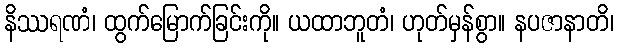
နိဿရဏံ၊ ထွက်မြောက်ခြင်းကို။ ယထာဘူတံ၊ ဟုတ်မှန်စွာ။ နပဇာနာတိ၊